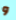
و